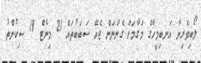
ލޯބިވެރިޔާ އަނބިމީހާގެ މަގާމަށް ގެންނަން ޖެހޭ ސަބަބުތައް 21 މިނެޓް 19 ސިކުންތު